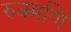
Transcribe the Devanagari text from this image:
रुक्मणि